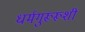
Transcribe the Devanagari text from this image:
धर्मगुरूरूशी